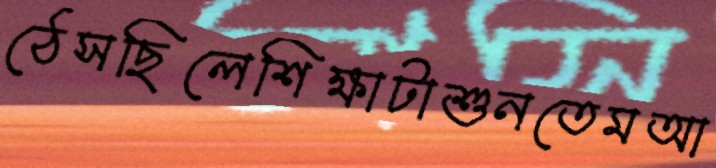
ঠেসছিলেশিক্ষাটাশুনতেমআ